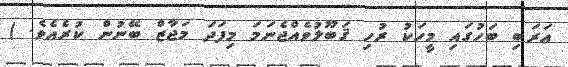
ޢަރަބި ބަހުގައި މީހަކު ރުހި ޤަބޫލުވެއްޖެނަމަ މިފަދަ މަޖާޒް ބޭނުން ކުރެއެވެ. )